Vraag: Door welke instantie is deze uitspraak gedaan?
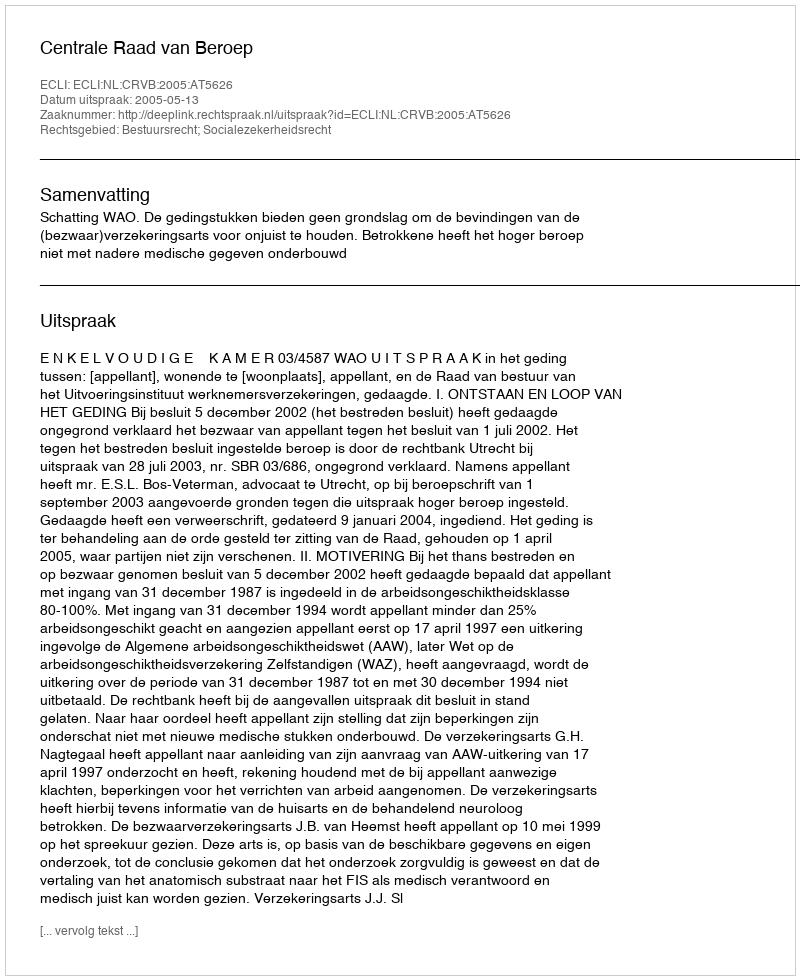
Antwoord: Centrale Raad van Beroep